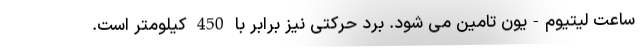
ساعت لیتیوم-یون تامین می شود. برد حرکتی نیز برابر با 450 کیلومتر است.